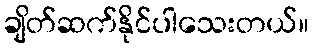
ချိတ်ဆက်နိုင်ပါသေးတယ်။